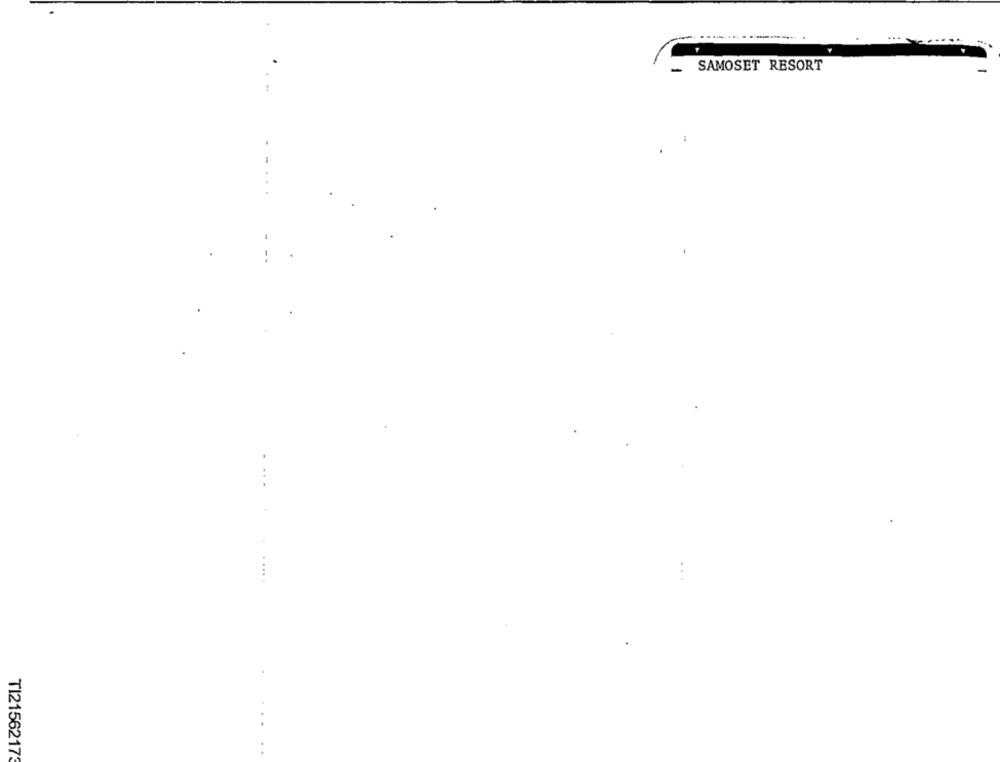
...
SAMOSET RESORT
T12156217